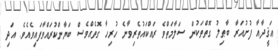
ޢަޤީދާއާ ފުށުއަރާ ބާޠިލު ގޮތްތަކުން ސަލާމަތްވެ ރައްކައުތެރިވާނެ ހުރިހާ ގޮތެއްވެސް ބަޔާންކުރައްވާފައިވެއެވެ. އަދި